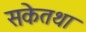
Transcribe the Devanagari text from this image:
सकेतथा